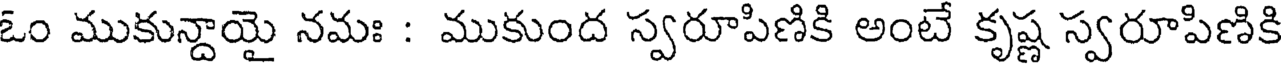
ఓం ముకున్దాయై నమః : ముకుంద స్వరూపిణికి అంటే కృష్ణ స్వరూపిణికి